Lock hospitals Punjab
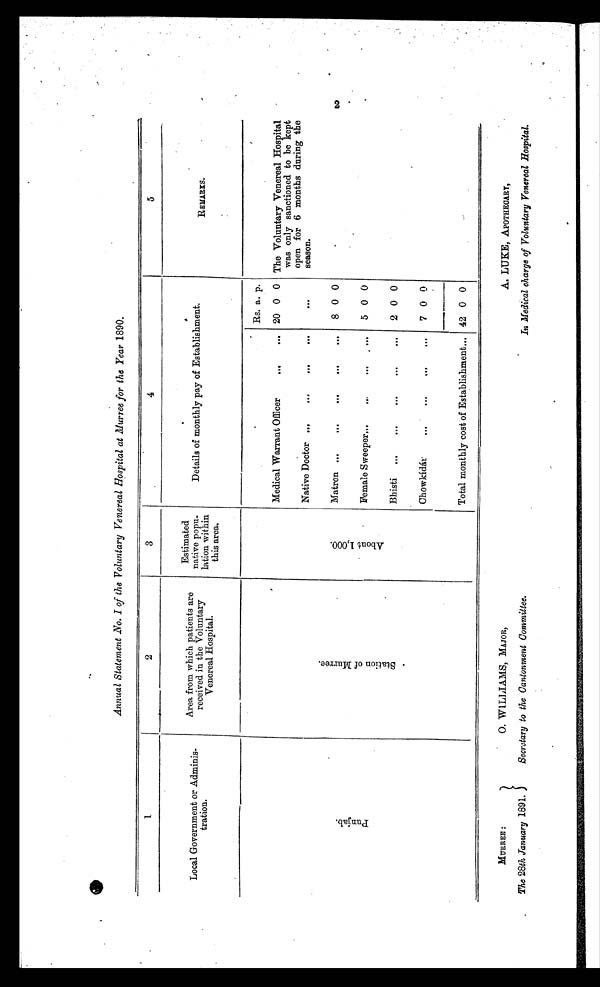
MURREE :
O. WILLIAMS, MAJOR,
The 28th January 1891.
Secretary to the Cantonment Committee.
A. LUKE, APOTHECARY,
In Medical charge of Voluntary Venereal Hospital.
Annual Statement No. I of the Voluntary Venereal Hospital at Murree for the Year 1890.
1
2
3
4
5
Local Government or Adminis-
tration.
Area from which patients are
received in the Voluntary
Venereal Hospital.
Estimated
native popu-
lation within
this area.
Details of monthly pay of Establishment.
REMARKS.
P u n j a b .
S t a t i o n o f M u r r e e .
A b o u t 1 , 0 0 0 .
Rs. a. p.
The Voluntary Venereal Hospital
was only sanctioned to be kept
open for 6 months during the
season.
Medical Warrant Officer
...
... 20 0 0
Native Doctor ...
. . .
...
. . .
...
Matron ...
. . .
. . .
...
...
8 0 0
Female Sweeper...
. . .
...
. . .
5 0 0
Bhisti ...
. . .
. . .
...
...
2 0 0
Chowkídár
. . .
. . .
...
...
7 0 0
Total monthly cost of Establishment... 42 0 0